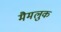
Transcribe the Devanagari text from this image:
मैमलुक